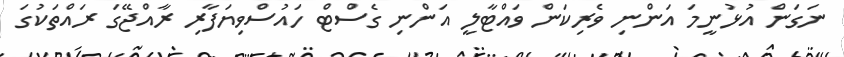
ނަގަން އުޅުނީމަ އަންނި ވެރިކަން ވައްޓާލީ އަންނި ގެސްޓް ހައުސްވިޔަފާރި ރާއްޖޭގަ ރައްތަކުގަ